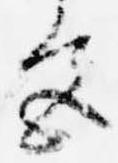
色